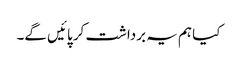
کیا ہم یہ برداشت کر پائیں گے۔